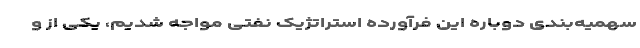
سهمیه‌بندی دوباره این فرآورده استراتژیک نفتی مواجه شدیم، یکی از و